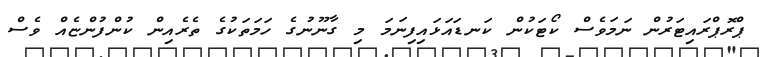
ޕްރޮޕްރައިޓަރުން ނަމަވެސް ކޯޓަކުން ކަނޑައަޅައިފިނަމަ މި ގާނޫނުގެ ހަމަތަކުގެ ތެރެއިން ކުންފުންޏެއް ވެސް